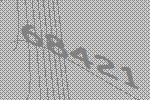
68421